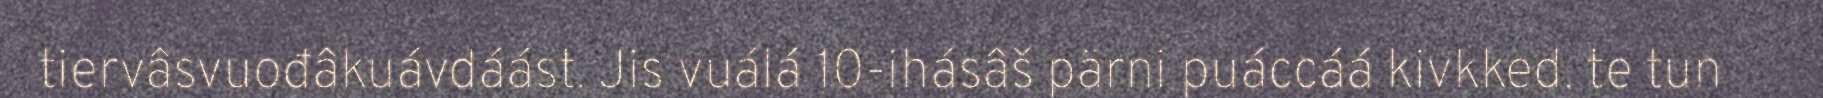
tiervâsvuođâkuávdáást. Jis vuálá 10-ihásâš pärni puáccáá kivkked, te tun